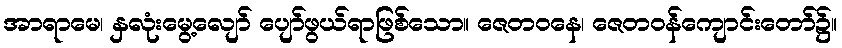
အာရာမေ၊ နှလုံးမွေ့လျော် ပျော်ဖွယ်ရာဖြစ်သော။ ဇေတဝနေ၊ ဇေတဝန်ကျောင်းတော်၌။